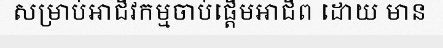
សម្រាប់អាជីវកម្មចាប់ផ្តើមអាជីព ដោយ មាន